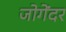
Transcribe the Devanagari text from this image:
जोगेंदर